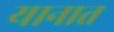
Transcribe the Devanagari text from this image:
यानात